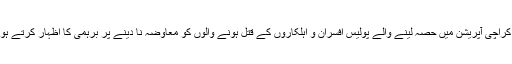
کراچی بدامنی کیس کی سماعت کے دوران عدالت نے کراچی آپریشن میں حصہ لینے والے پولیس افسران و اہلکاروں کے قتل ہونے والوں کو معاوضہ نا دینے پر برہمی کا اظہار کرتے ہوئے کہا کہ ان کی خدمات کو فراموش نہیں کرناچاہئے۔